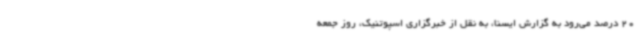
20 درصد می‌رود به گزارش ایسنا،‌ به نقل از خبرگزاری اسپوتنیک، روز جمعه